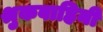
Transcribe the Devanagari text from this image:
श्रुकवाहिनी